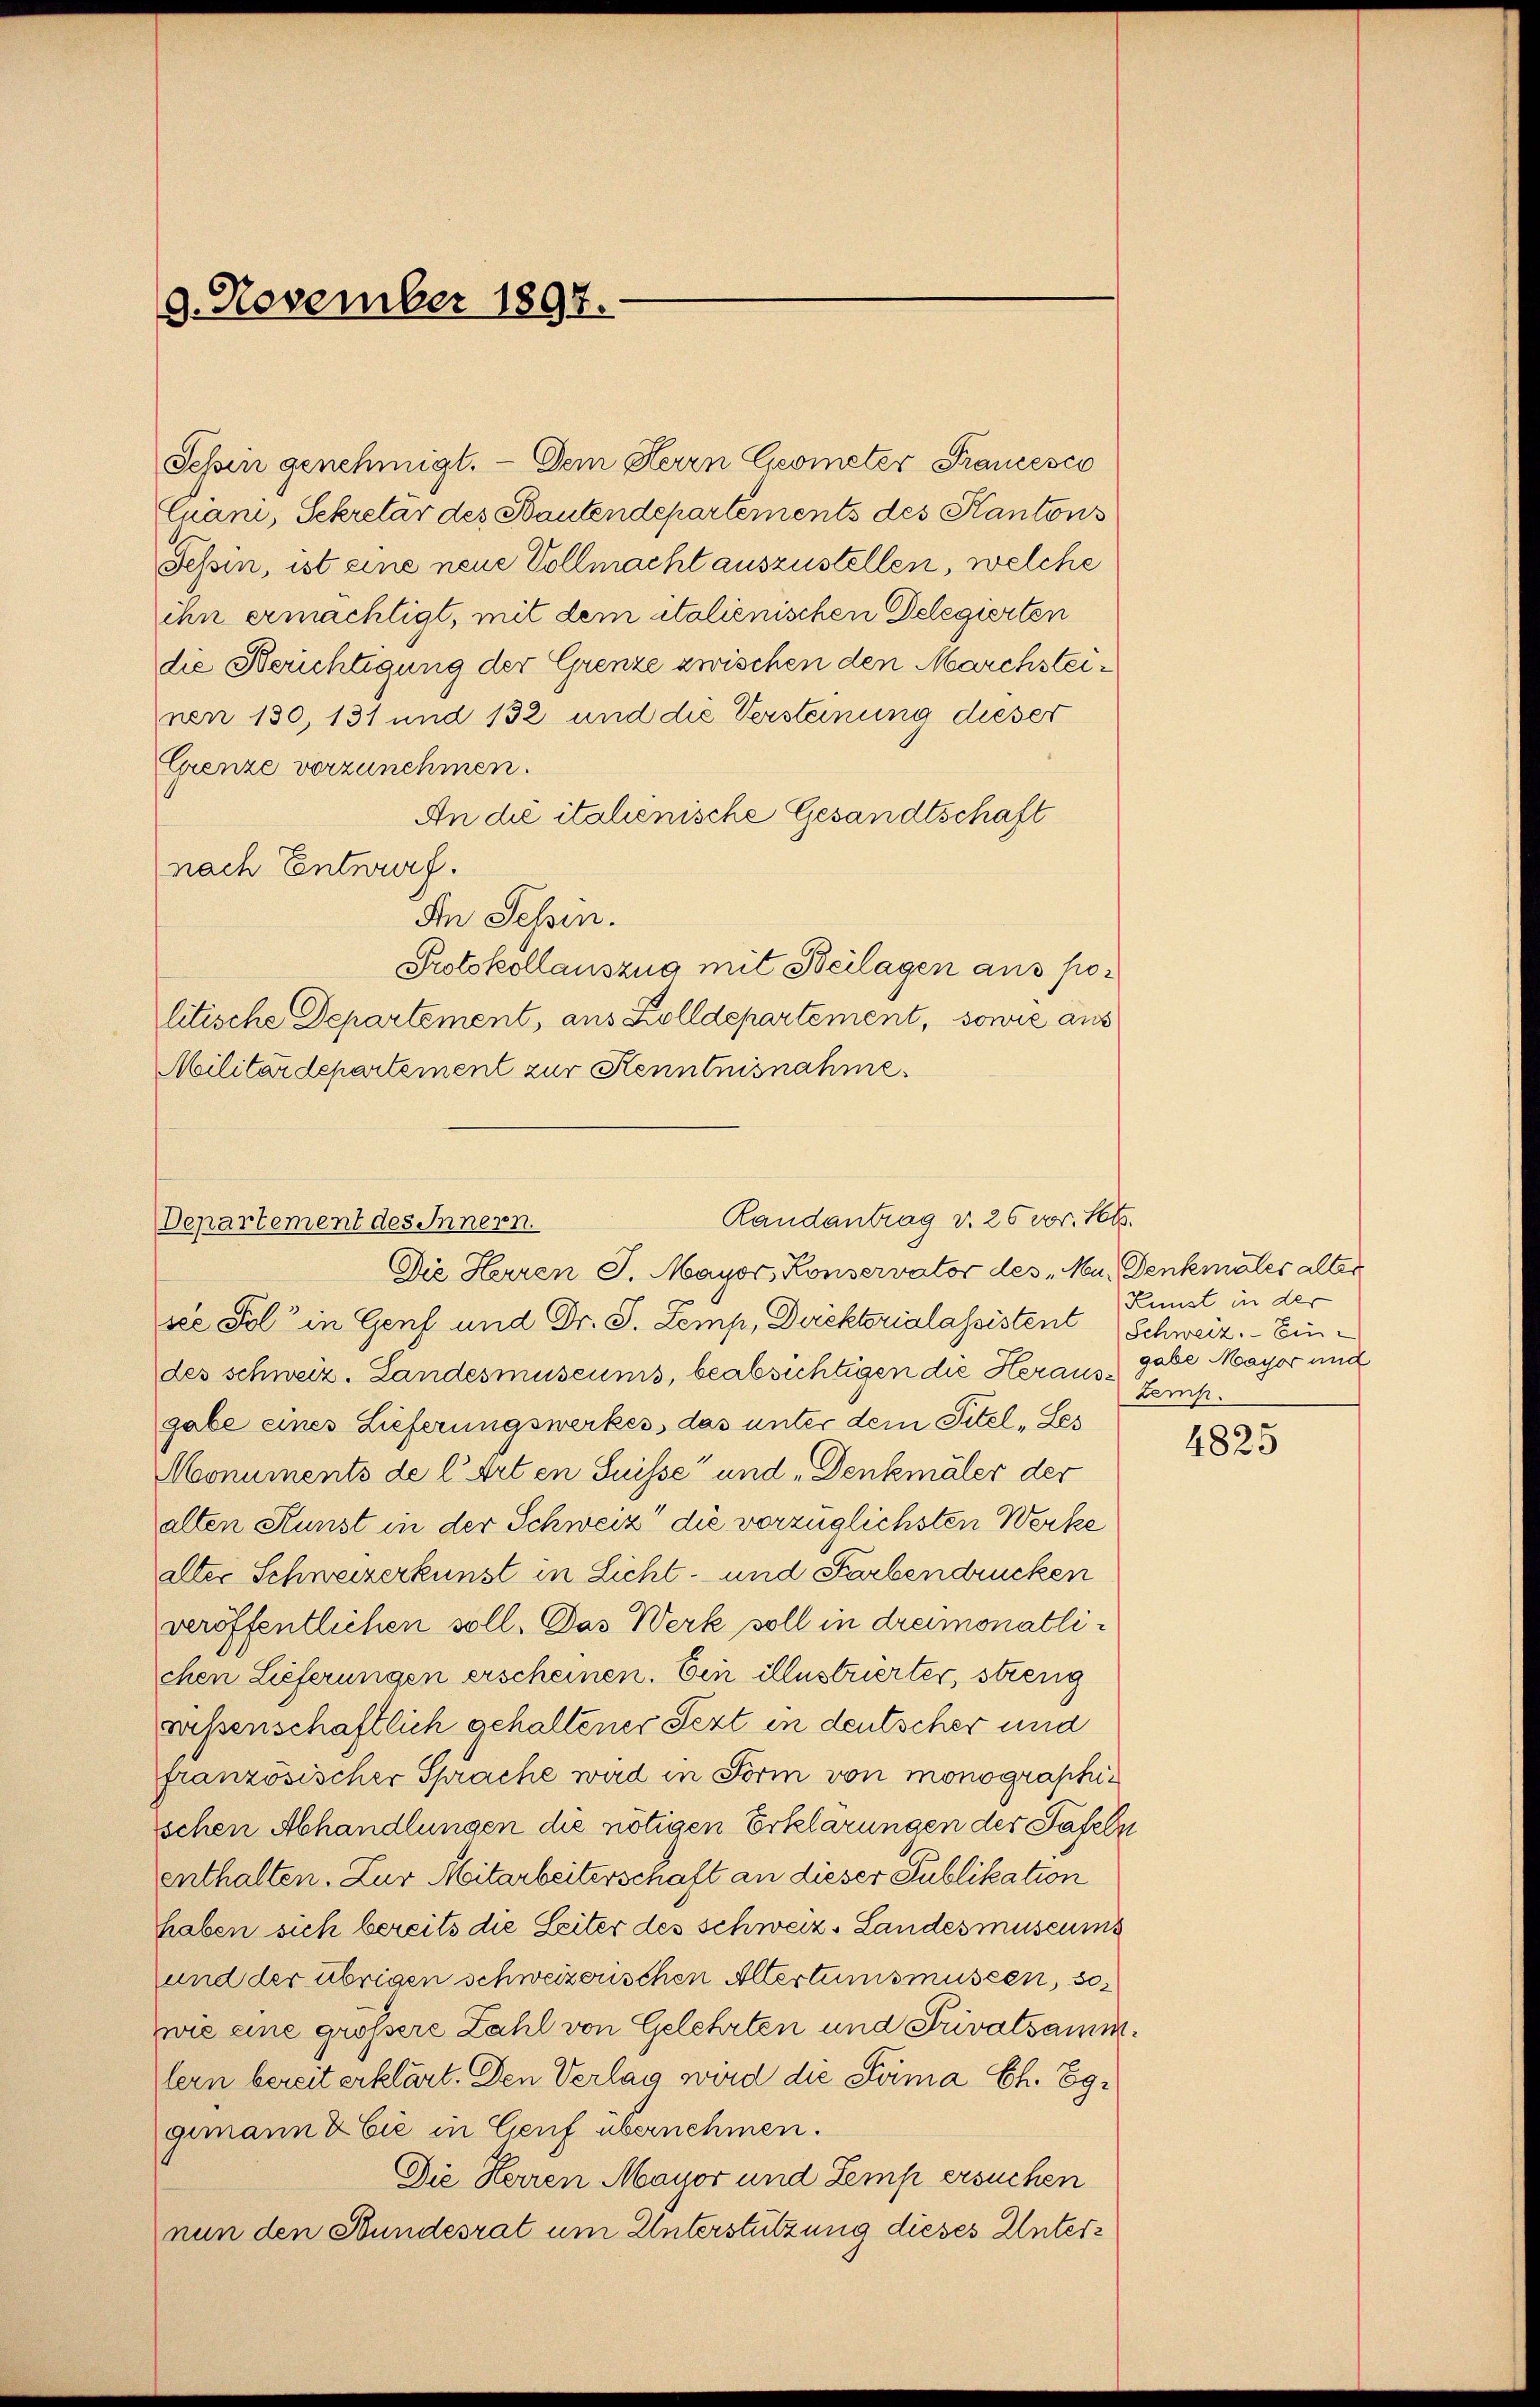
9. November 1897.

Sehin genehmigt.  Dem Herrn Geometer Francesco
Cuani, Sekretär des Bautendepartements des Kantons
Tessin, ist eine neue Vollmacht auszustellen, welche
ihn ermächtigt, mit dem italienischen Delegierten
die Serichtigung der Grenze zwischen den Marchsteinen 130, 131 und 132 und die Versteinung dieser
Grenze vorzunehmen.
An die italienische Gesandtschaft
nach Entwurf.
In Sessen.
Protokollauszug mit Beilagen aus politische Departement, aus Zolldepartement, sowie aus
Militärdepartement zur Kenntnisnahme.

Randantrag v. 26 vor. St.
Departement des Innern.

Die Herren J. Mayor, Konservator des „Mu, Denkmales alter
sce fol in Genf und Dr. S. Lemp, Direktorialassistent Schweiz. Eindes schweiz. Landesmuseums, beabsichtigen die Herausgabe eines Lieferungswerkes, das unter dem Titel „Les
Monuments de l. Arten Suisse und „Denkmäler der
alten Sunst in der Schweiz die vorzüglichsten Werke
alter Schweizerkunst in Licht- und Farbendrucken
veröffentlichen soll. Das Werk soll in dreimonatlichen Lieferungen erscheinen. Ein illustrierter, streng
aissenschaftlich gehaltener Sezt in deutscher und
französischer Sprache wird in Form von monographischen Abhandlungen die nötigen Erklärungen der Tafeln
enthalten. Zur Mitarbeiterschaft an dieser Publikation
haben sich bereits die Leiter des schweiz. Landes museums
und der übrigen schweizerischen Altertumsmüssen, so
wie eine größere Zahl von Gelehrten und Privatsammlern bereit erklärt. Den Verlag wird die Söima Ch. Eggemann & Cie in Genf übernehmen.
Die Herren Mayor und Zemp ersuchen
nun den Stundesrat um Unterstützung dieses Unter¬

Kunst in der
gabe Mayor und
tem.

4825